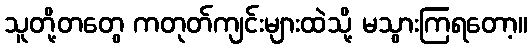
သူတို့တတွေ ကတုတ်ကျင်းများထဲသို့ မသွားကြရတော့။